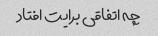
چه اتفاقی برایت افتاد